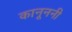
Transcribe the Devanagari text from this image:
कानूननी